画像に写った文字を読んでください
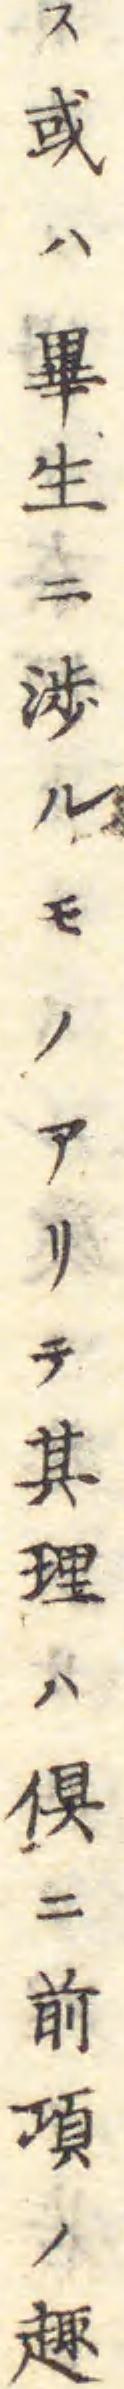
「ス域ハ畢生ニ渉ルモノアリテ其理ハ倶ニ前頃ノ趣」と書いてあります